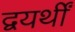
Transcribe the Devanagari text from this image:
द्वयर्थीं